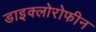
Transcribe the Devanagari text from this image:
डाइक्लोरोफीन